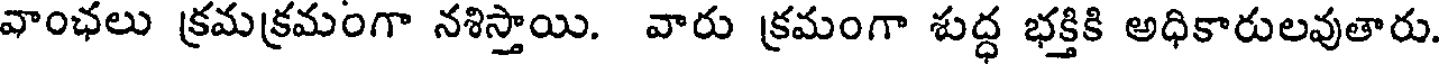
వాంఛలు క్రమక్రమంగా నశిస్తాయి. వారు క్రమంగా శుద్ధ భక్తికి అధికారులవుతారు.